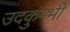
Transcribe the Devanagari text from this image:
उदकुम्भी